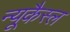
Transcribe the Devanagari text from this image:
न्यूकैस्ल